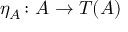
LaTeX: \eta _ { A } \colon A \to T ( A )